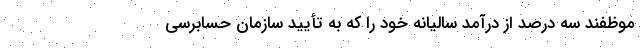
موظفند سه درصد از درآمد سالیانه خود را که به تأیید سازمان حسابرسی